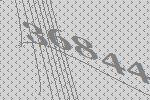
36844